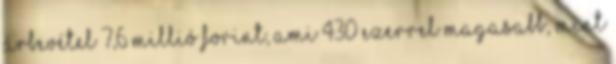
árbevétel 7,6 millió forint, ami 430 ezerrel magasabb, mint